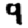
Digit: 9